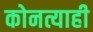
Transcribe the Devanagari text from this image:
कोनत्याही